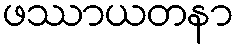
ဖဿာယတနာ